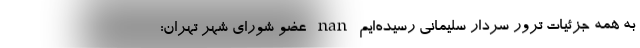
به همه جزئیات ترور سردار سلیمانی رسیده‌ایم nan عضو شورای شهر تهران: